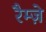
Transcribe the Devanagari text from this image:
रैम्ज़े